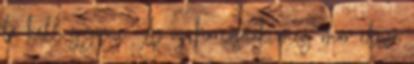
le kell győzni. Az új harcosnak meg már eleve